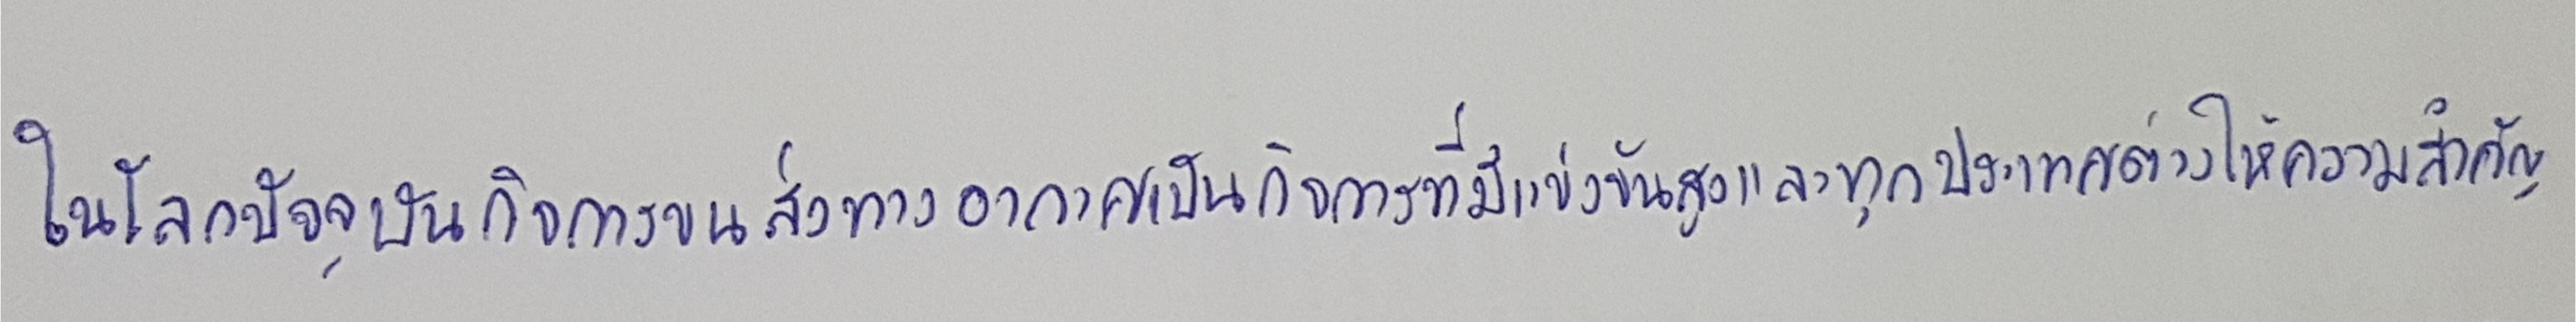
ในโลกปัจจุบันกิจการขนส่งทางอากาศเป็นกิจการที่มีการแข่งขันสูงและทุกประเทศต่างให้ความสำคัญ